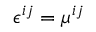
\epsilon ^ { i j } = \mu ^ { i j }